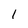
Character: 1